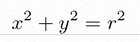
x^2+y^2=r^2